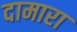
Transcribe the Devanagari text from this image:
दामारा